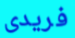
فريدى